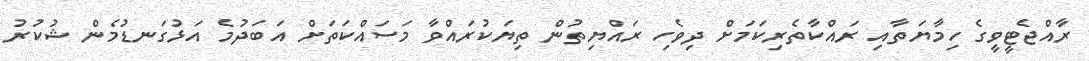
ރާއްޖެޓީވީގެ ހިމާޔަތާއި ރައްކާތެރިކަމަށް ދިވެހި ރައްޔިތުން ތިޔަކުރައްވާ މަސައްކަތަށް އަބަދުމެ އަޅުގަނޑުމެން ޝުކުރު